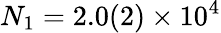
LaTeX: N_{1}=2.0(2)\times 10^{4}